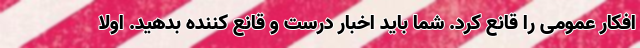
افکار عمومی را قانع کرد. شما باید اخبار درست و قانع کننده بدهید. اولا